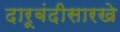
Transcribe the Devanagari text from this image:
दारूबंदीसारखे